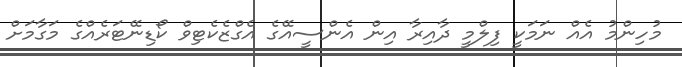
މުހިންމު އެއް ނަމަކީ ފިލްމީ ދާއިރާ އިން އެންސީއޭގެ އެގްޒެކެޓިވް ކޯޑިނޭޓަރެއްގެ މަގާމަށް